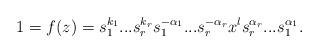
LaTeX: \begin{align*}1=f(z)=s_1^{k_1}...s_r^{k_r}s_1^{-\alpha_1}...s_r^{-\alpha_r}x^ls_r^{\alpha_r}...s_1^{\alpha_1}.\end{align*}